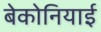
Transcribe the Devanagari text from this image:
बेकोनियाई